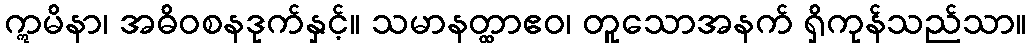
ဣမိနာ၊ အဓိဝစနဒုက်နှင့်။ သမာနတ္ထာဧဝ၊ တူသောအနက် ရှိကုန်သည်သာ။